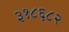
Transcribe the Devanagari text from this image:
३१८६८२